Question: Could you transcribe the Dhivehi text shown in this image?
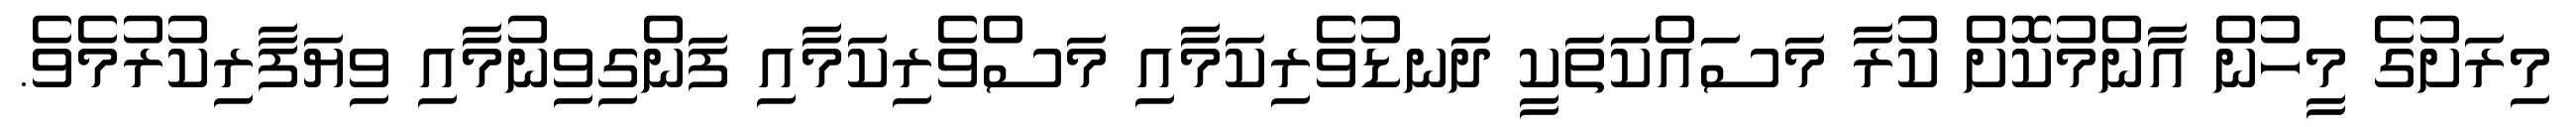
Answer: މިރަށުގެ މީހުން އާންމުކޮށް ކުރާ މަސައްކަތަކީ ދަނޑުވެރިކަމާއި މަސްވެރިކަމާއި ފަންގިވިނުމާއި ވިޔަފާރިކުރުމެވެ.